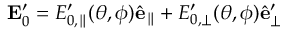
\mathbf { E } _ { 0 } ^ { \prime } = E _ { 0 , \parallel } ^ { \prime } ( \theta , \phi ) \hat { \mathbf { e } } _ { \parallel } + E _ { 0 , \perp } ^ { \prime } ( \theta , \phi ) \hat { \mathbf { e } } _ { \perp } ^ { \prime }